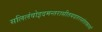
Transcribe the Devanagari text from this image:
सलिलंवोइदमन्तरासीतयदतरस्तंताकानां